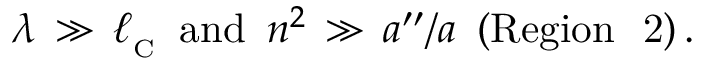
\lambda \, \gg \, \ell _ { _ \mathrm { C } } \, \, \, { \mathrm { a n d } } \, \, \, n ^ { 2 } \, \gg \, a ^ { \prime \prime } / a \, \, \, ( \mathrm { { R e g i o n \ \ 2 } } ) \, .